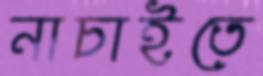
নাচাইতে